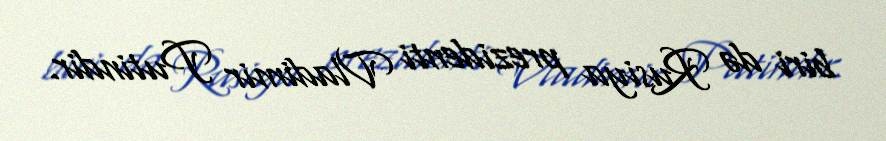
biri də Rusiya prezidenti Vladimir Putindir.